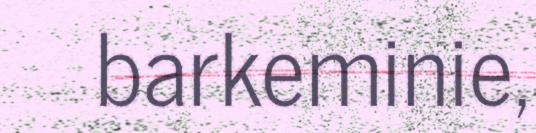
barkeminie,